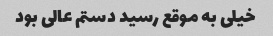
خیلی به موقع رسید دستم عالی بود